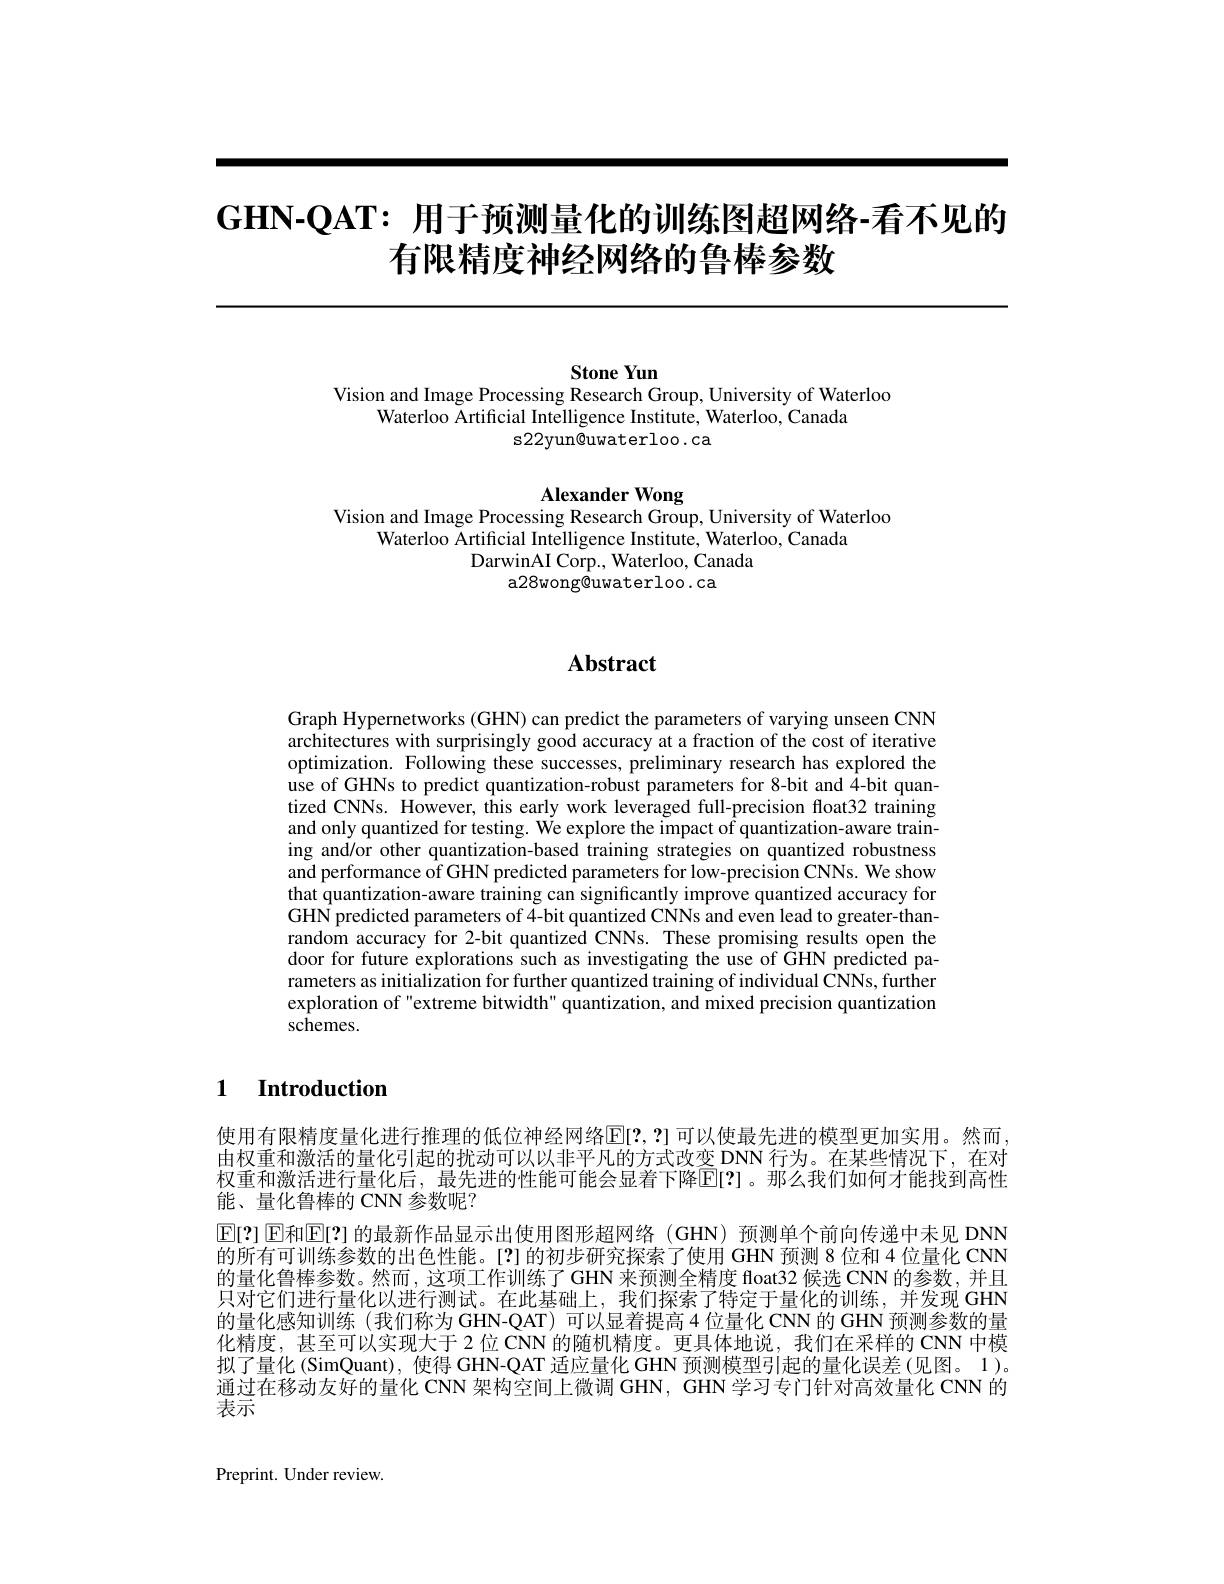
# $\mathbf{GHN-QAT:~}$用于预测量化的训练图超网络-看不见的有限精度神经网络的鲁棒参数

Stone Yun
Vision and Image Processing Research Group, University of Waterloo

Waterloo Artificial Intelligence Institute, Waterloo, Canada
s22yun@uwaterloo.ca

Alexander Wong
Vision and Image Processing Research Group, University of Waterloo

Waterloo Artificial Intelligence Institute, Waterloo, Canada
DarwinAI Corp., Waterloo, Canada
a28wong@uwaterloo.ca

# Abstract

Graph Hypernetworks (GHN) can predict the parameters of varying unseen CNN architectures with surprisingly good accuracy at a fraction of the cost of iterative optimization. Following these successes, preliminary research has explored the use of GHNs to predict quantization-robust parameters for 8-bit and 4-bit quantized CNNs. However, this early work leveraged full-precision float32 training and only quantized for testing. We explore the impact of quantization-aware training and/or other quantization-based training strategies on quantized robustness and performance of GHN predicted parameters for low-precision CNNs. We show that quantization-aware training can significantly improve quantized accuracy for GHN predicted parameters of 4-bit quantized CNNs and even lead to greater-thanrandom accuracy for 2-bit quantized CNNs. These promising results open the door for future explorations such as investigating the use of GHN predicted parameters as initialization for further quantized training of individual CNNs, further exploration of "extreme bitwidth" quantization, and mixed precision quantization $s\hat{ch}$emes.

## 1 Introduction

使用有限精度量化进行推理的低位神经网络$\overline{\mathbb{E}}[2,?]$ 可以使最先进的模型更加实用。然而由权重和激活的量化引起的扰动可以以非平凡的方式改变 DNN 行为。在某些情况下，在对权重和激活进行量化后，最先进的性能可能会显着下降$\overline{\mathbb{E}}[?]$。那么我们如何才能找到高性能、量化鲁棒的 CNN 参数呢？
$\mathbb{E}[?]$ E和$\mathbb{E}[?]$ 的最新作品显示出使用图形超网络 (GHN) 预测单个前向传递中未见 DNN 的所有可训练参数的出色性能。[?]的初步研究探索了使用 GHN 预测 8 位和 4 位量化 CNN 的量化鲁棒参数。然而，这项工作训练了GHN 来预测全精度 float32 候选 CNN 的参数，并且只对它们进行量化以进行测试。在此基础上，我们探索了特定于量化的训练，并发现 GHN 的量化感知训练 (我们称为 GHN-QAT) 可以显着提高 4 位量化 CNN 的 GHN 预测参数的量化精度，甚至可以实现大于 2 位 CNN 的随机精度。更具体地说，我们在采样的 CNN 中模拟了量化 (SimQuant), 使得 GHN-QAT 适应量化 GHN 预测模型引起的量化误差 (见图。1)。通过在移动友好的量化 CNN 架构空间上微调 GHN, GHN 学习专门针对高效量化 CNN 的表示

Preprint. Under review.